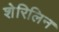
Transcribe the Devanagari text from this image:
शेरिलिन